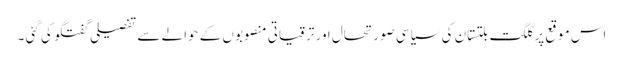
اس موقع پر گلگت بلتستان کی سیاسی صورتحال اور ترقیاتی منصوبوں کے حوالے سے تفصیلی گفتگو کی گئی ۔